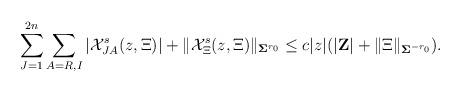
LaTeX: \begin{align*}\sum_{J=1}^{2n}\sum_{A=R,I}|\mathcal X^s_{JA}(z,\Xi)|+\|\mathcal X^s_{\Xi}(z,\Xi)\|_{\mathbf \Sigma^{r_0}}\leq c |z|(|\mathbf Z|+\|\Xi\|_{\mathbf \Sigma^{-r_0}}).\end{align*}